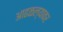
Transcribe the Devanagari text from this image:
आढळल्यावर